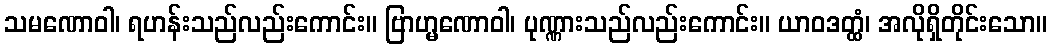
သမဏောဝါ၊ ရဟန်းသည်လည်းကောင်း။ ဗြာဟ္မဏောဝါ၊ ပုဏ္ဏားသည်လည်းကောင်း။ ယာဝဒတ္ထံ၊ အလိုရှိတိုင်းသော။